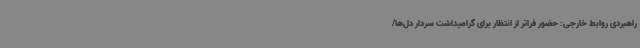
راهبردی روابط خارجی: حضور فراتر از انتظار برای گرامیداشت سردار دل‌ها/